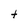
Character: t